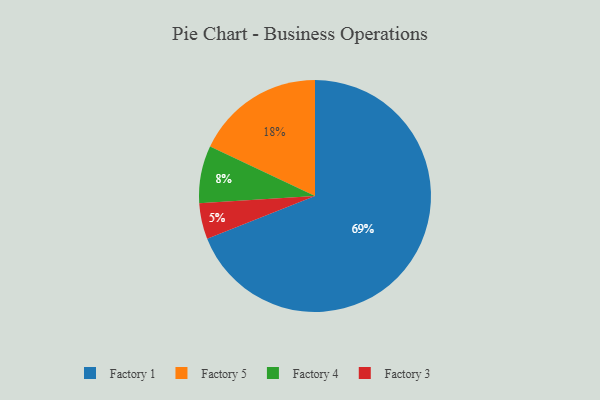
{"axis": {"x": "Category", "y": "Percentage"}, "legend": ["Factory 1", "Factory 3", "Factory 4", "Factory 5"], "data": [{"x": "Factory 1", "y": 69, "type": "Factory 1"}, {"x": "Factory 3", "y": 5, "type": "Factory 3"}, {"x": "Factory 5", "y": 18, "type": "Factory 5"}, {"x": "Factory 4", "y": 8, "type": "Factory 4"}]}